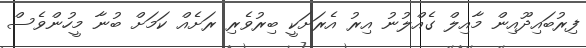
ފިރުބައިދޫއިން މާއިލް ގެއްލުނު އިރު އެރަށަކީ ބިރުވެރި ރަށެއް ކަމަށް ބުނާ މީހުންވެސް